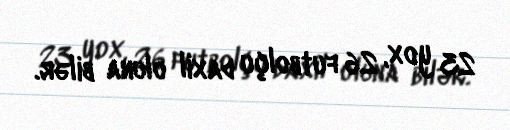
23 yox, 26 futbolçu daxil oluna bilər.